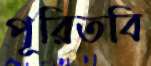
পূরিতবি